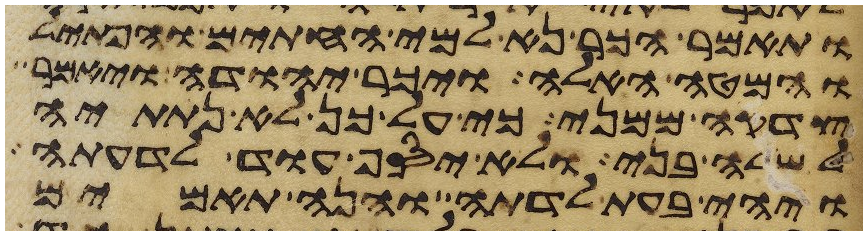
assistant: ותאמר הכר נא למי החתים והפתיל
והמטה האלה ויכר יהודה ויאמר
צדקה ממני כי על כן לא נתתיה
לשלה בני ולא יסף עוד לדעתה
ויהי בעת לדתה והנה תאמים